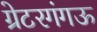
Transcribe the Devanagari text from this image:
ग्रेटरगंगऊ